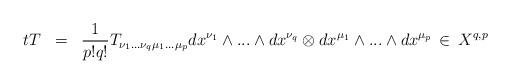
LaTeX: \begin{align*}t T \;\; =\;\; \frac{1}{p!q!}T_{\nu_1 ...\nu_q \mu_1 ...\mu_p} dx^{\nu_1}\wedge ...\wedge dx^{\nu_q} \otimes dx^{\mu_1}\wedge ...\wedge dx^{\mu_p} \, \in \, X^{q,p}\end{align*}